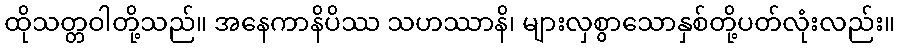
ထိုသတ္တဝါတို့သည်။ အနေကာနိပိဿ သဟဿာနိ၊ များလှစွာသောနှစ်တို့ပတ်လုံးလည်း။